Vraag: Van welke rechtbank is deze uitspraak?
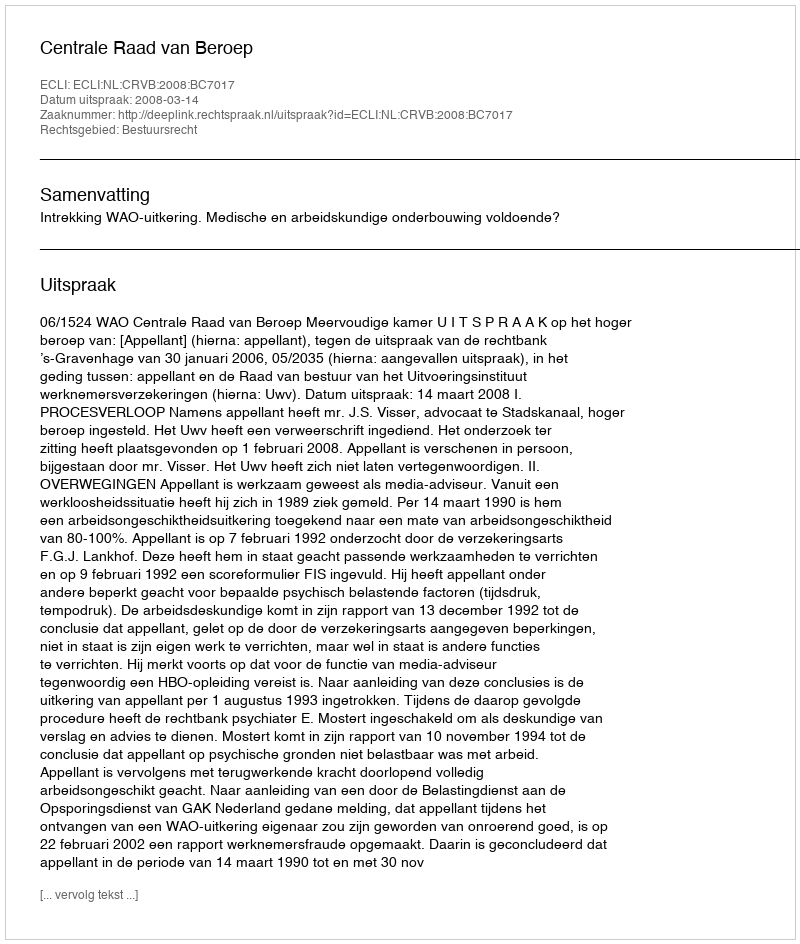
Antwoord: Centrale Raad van Beroep